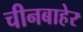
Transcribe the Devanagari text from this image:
चीनबाहेर